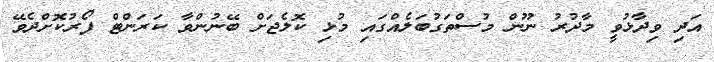
އަދި ވިދާޅުވީ މާދުރު ނޫން މުސްތަގުބަލެއްގައި މުޅި ކޮލެޖަށް ބޭނުންވާ ކަރަންޓް ފޯރުކޮށްދެވޭ